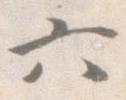
六